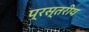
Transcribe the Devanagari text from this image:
प्रस्तरीय